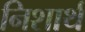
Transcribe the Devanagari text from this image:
निशार्थ